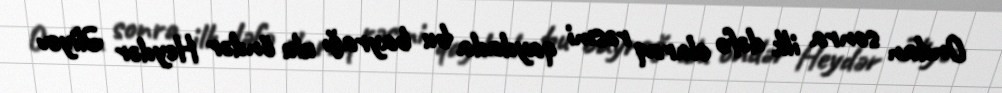
Ondan sonra ilk dəfə olaraq rəsmi qaydada bu bayrağı ulu öndər Heydər Əliyev